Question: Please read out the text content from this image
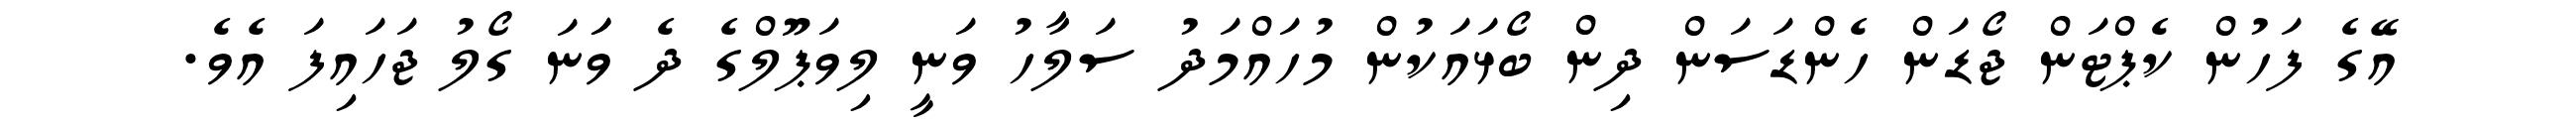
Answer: އޭގެ ފަހުން ކެޕްޓަން ޖޯޑަން ހެންޑަސަން ދިން ބޯޅައަކުން މުހައްމަދު ސަލާހު ވަނީ ލިވަޕޫލްގެ ދެ ވަަނަ ގޯލު ޖަހައިފަ އެވެ.